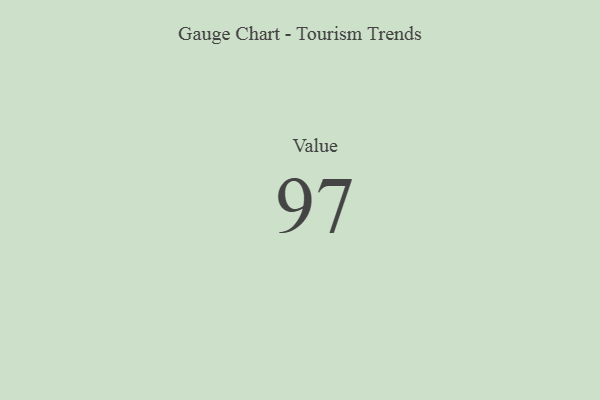
{"axis": {"x": "Metric", "y": "Value"}, "legend": [""], "data": [{"x": "Value", "y": 97, "type": ""}]}